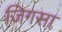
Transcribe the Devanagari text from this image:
जिगसा